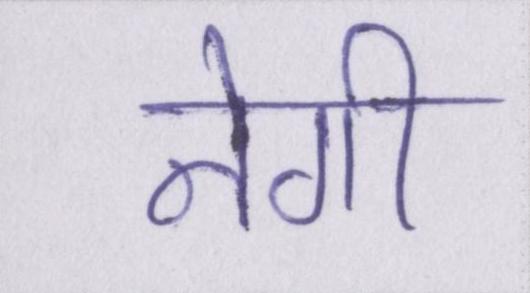
नेगी